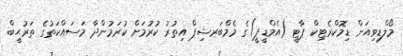
މޯލްޑިވިއަން ޑިމޮކްރެޓިކް ޕާޓީ (އެމްޑީޕީ)ގެ މެމްބަރޝިޕް އިތުރު ކުރުމަށް ކުރަމުންދާ މަސައްކަތުގެ ތަރުޙީބް